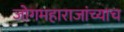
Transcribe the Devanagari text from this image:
जोगमहाराजांच्याच